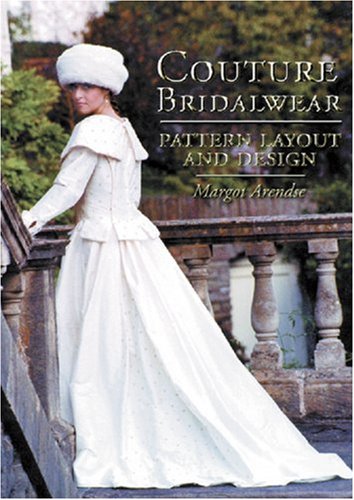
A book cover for Couture Bridalwear: Pattern Layout and Design; Margot Arendse; Crafts, Hobbies & Home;